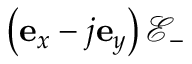
\left( \mathbf { e } _ { x } - j \mathbf { e } _ { y } \right) \mathcal { E } _ { - }